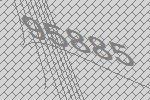
95885